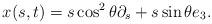
LaTeX: \begin{align*} x(s,t)=s \cos^2 \theta \partial_s+s \sin \theta e_3.\end{align*}